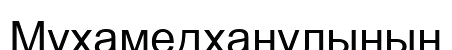
Мұхамедханұлының